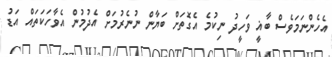
އެހެންނަމަވެސް ބާޣީ ވަހީދު ނިކުމެ އެގޮތަށް ބަޔާން ނުނެރުމަށް އެދުމުން އެވާހަކަތައް އަޑު